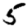
Digit: 5